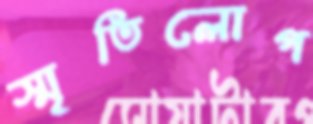
স্মৃতিলোপ